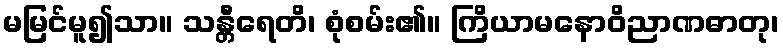
မမြင်မူ၍သာ။ သန္တီရေတိ၊ စုံစမ်း၏။ ကြိယာမနောဝိညာဏဓာတု၊